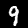
Digit: 9